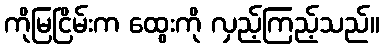
ကိုမြငြိမ်းက ထွေးကို လှည့်ကြည့်သည်။